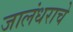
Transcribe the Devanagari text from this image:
जालंधराचे